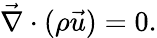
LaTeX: \vec{\nabla}\cdot(\rho\vec{u})=0.